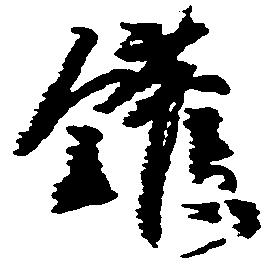
鑵